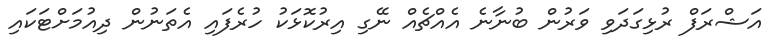
އަޝްރަފް ރުޅިގަދަވި ވަރުން ބުނާނެ އެއްޗެއް ނޭގި އިރުކޮޅަކު ހުރެފައި އެތަނުން ދިއުމަށްޓަކައި